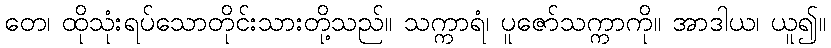
တေ၊ ထိုသုံးရပ်သောတိုင်းသားတို့သည်။ သက္ကာရံ၊ ပူဇော်သက္ကာကို။ အာဒါယ၊ ယူ၍။